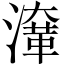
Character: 㵮